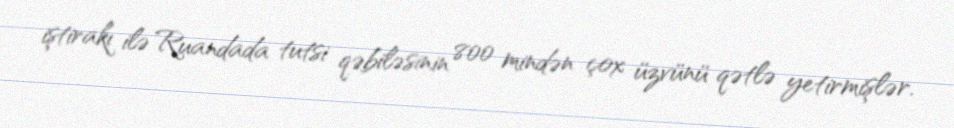
iştirakı ilə Ruandada tutsi qəbiləsinin 800 mindən çox üzvünü qətlə yetirmişlər.